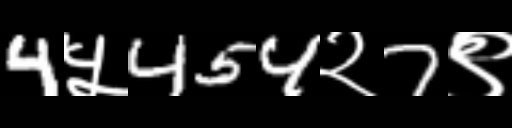
Text: 4५454२7९